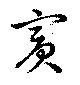
賓